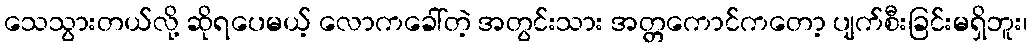
သေသွားတယ်လို့ ဆိုရပေမယ့် လောကခေါ်တဲ့ အတွင်းသား အတ္တကောင်ကတော့ ပျက်စီးခြင်းမရှိဘူး၊